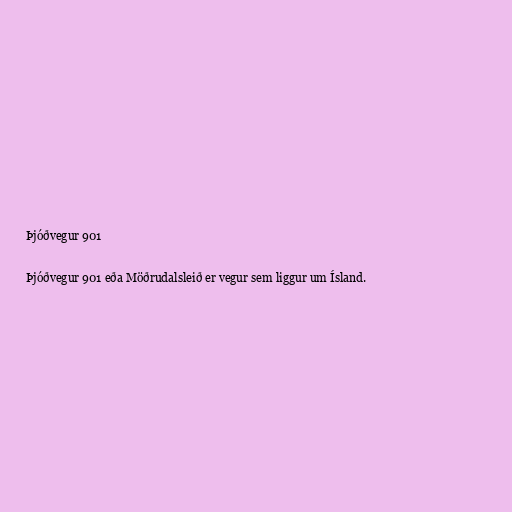
Þjóðvegur 901

Þjóðvegur 901 eða Möðrudalsleið er vegur sem liggur um Ísland.